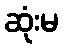
ဆုံးမ